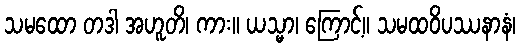
သမထော တဒါ အဟူတိ၊ ကား။ ယသ္မာ၊ ကြောင့်။ သမထဝိပဿနာနံ၊